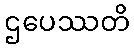
ဌပေဿတိ